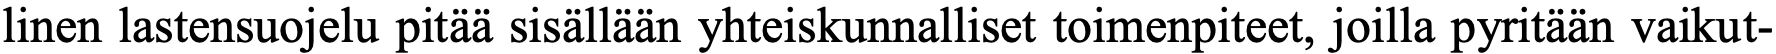
linen lastensuojelu pitää sisällään yhteiskunnalliset toimenpiteet, joilla pyritään vaikut-